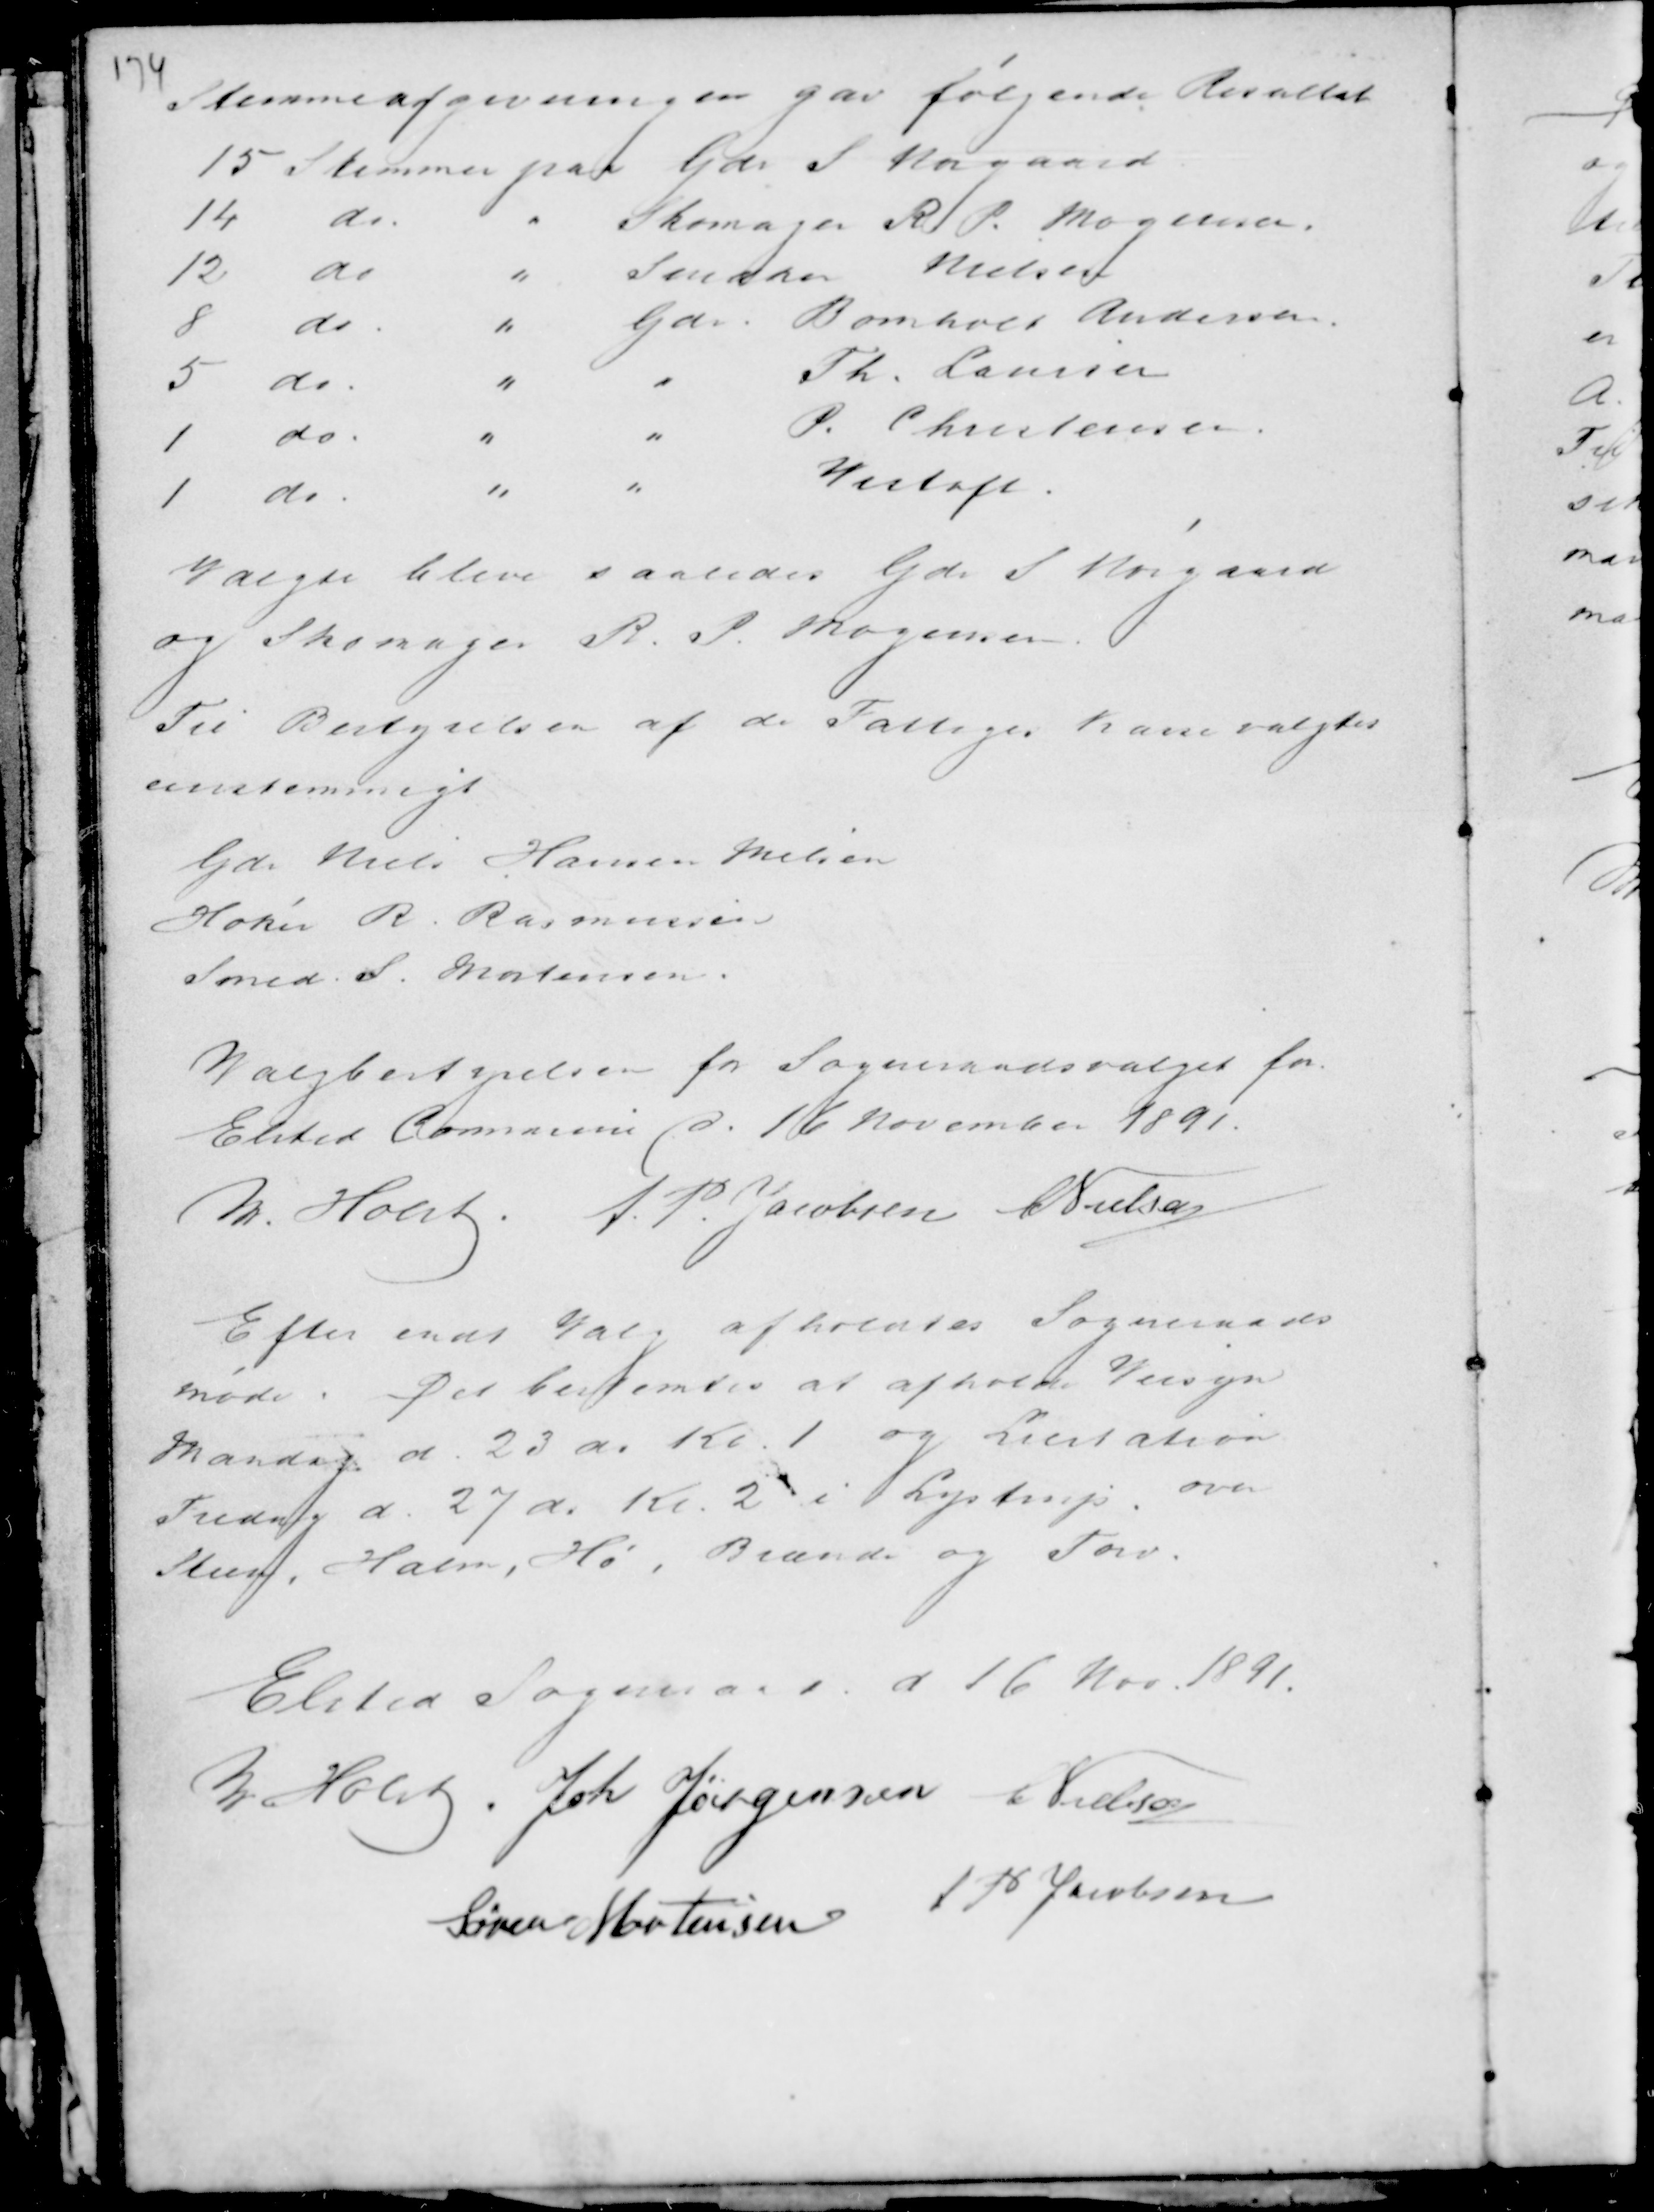
Transskription:
Stemmeafgivningen gav følgende Resultat

Valgtes blev saaledes Gdr S. Nørgaard
og Skomager R. P. Mogensen.
Til Bestyrelsen af de Fattiges kasse valgtes
enstemmigt

Gdr Niels Hansen Nielsen
Høker R. Rasmussen
Smed S. Mortensen.

Valgbestyrelsen for Sogneraadsvalget for
Elsted Commune d. 16 November 1891.
M Holst A. P. Jacobsen C Nielsen

Efter endt Valg afholdtes Sogneraads
møde. Det bestemtes at afholde Veisyn
Mandag d. 23 do Kl. 1 og Licitation
Fredag d. 27 do. Kl. 2 i Lystrup over
Steen, Halm. Hø, Brænde og Tørv.

Elsted Sogneraad d 16 Nov. 1891.
M Holst Joh Jørgensen C Nielsen
Søren Mortensen A P Jacobsen